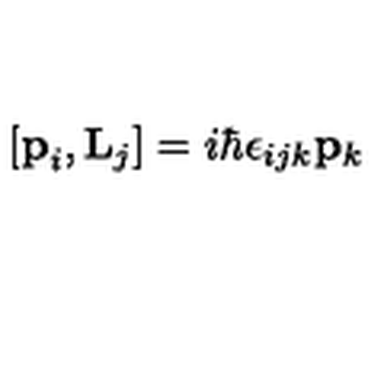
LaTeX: [ { \bf { p } } _ { i } , { \bf { L } } _ { j } ] = i \hbar \epsilon _ { i j k } { \bf { p } } _ { k }